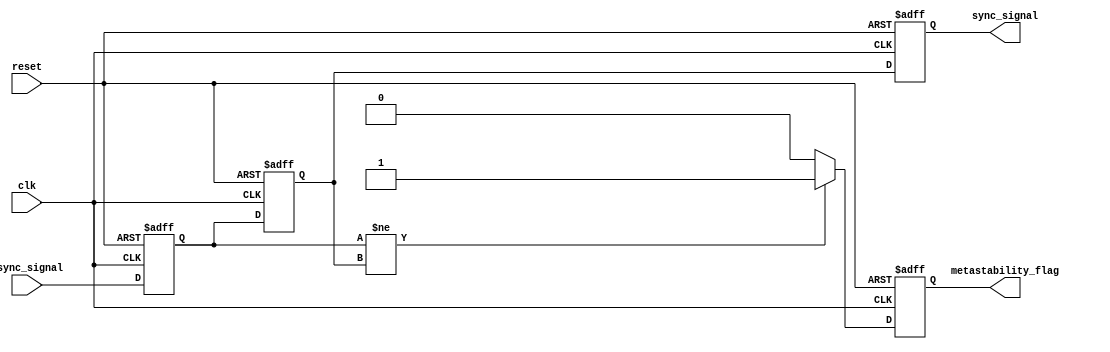
module metastability_detector (
    input wire clk,                // Synchronizing clock
    input wire async_signal,       // Asynchronous input signal
    input wire reset,              // Reset signal
    output reg sync_signal,        // Synchronized output signal
    output reg metastability_flag   // Metastability indicator
);

    // Internal signals
    reg async_reg1; // First stage flip-flop
    reg async_reg2; // Second stage flip-flop
    
    // Process to sample the asynchronous signal with clock
    always @(posedge clk or posedge reset) begin
        if (reset) begin
            async_reg1 <= 1'b0;
            async_reg2 <= 1'b0;
            sync_signal <= 1'b0;
            metastability_flag <= 1'b0;
        end else begin
            async_reg1 <= async_signal;          // Sample async signal in first flip-flop
            async_reg2 <= async_reg1;            // Sample first flip-flop output in second flip-flop
            sync_signal <= async_reg2;           // Output sync signal from second flip-flop
            
            // Metastability detection logic
            if (async_reg1 != async_reg2) begin
                metastability_flag <= 1'b1;      // Flag indicating potential metastability
            end else begin
                metastability_flag <= 1'b0;      // Clear the flag if stable
            end
        end
    end

endmodule